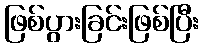
ဖြစ်ပွားခြင်းဖြစ်ပြီး